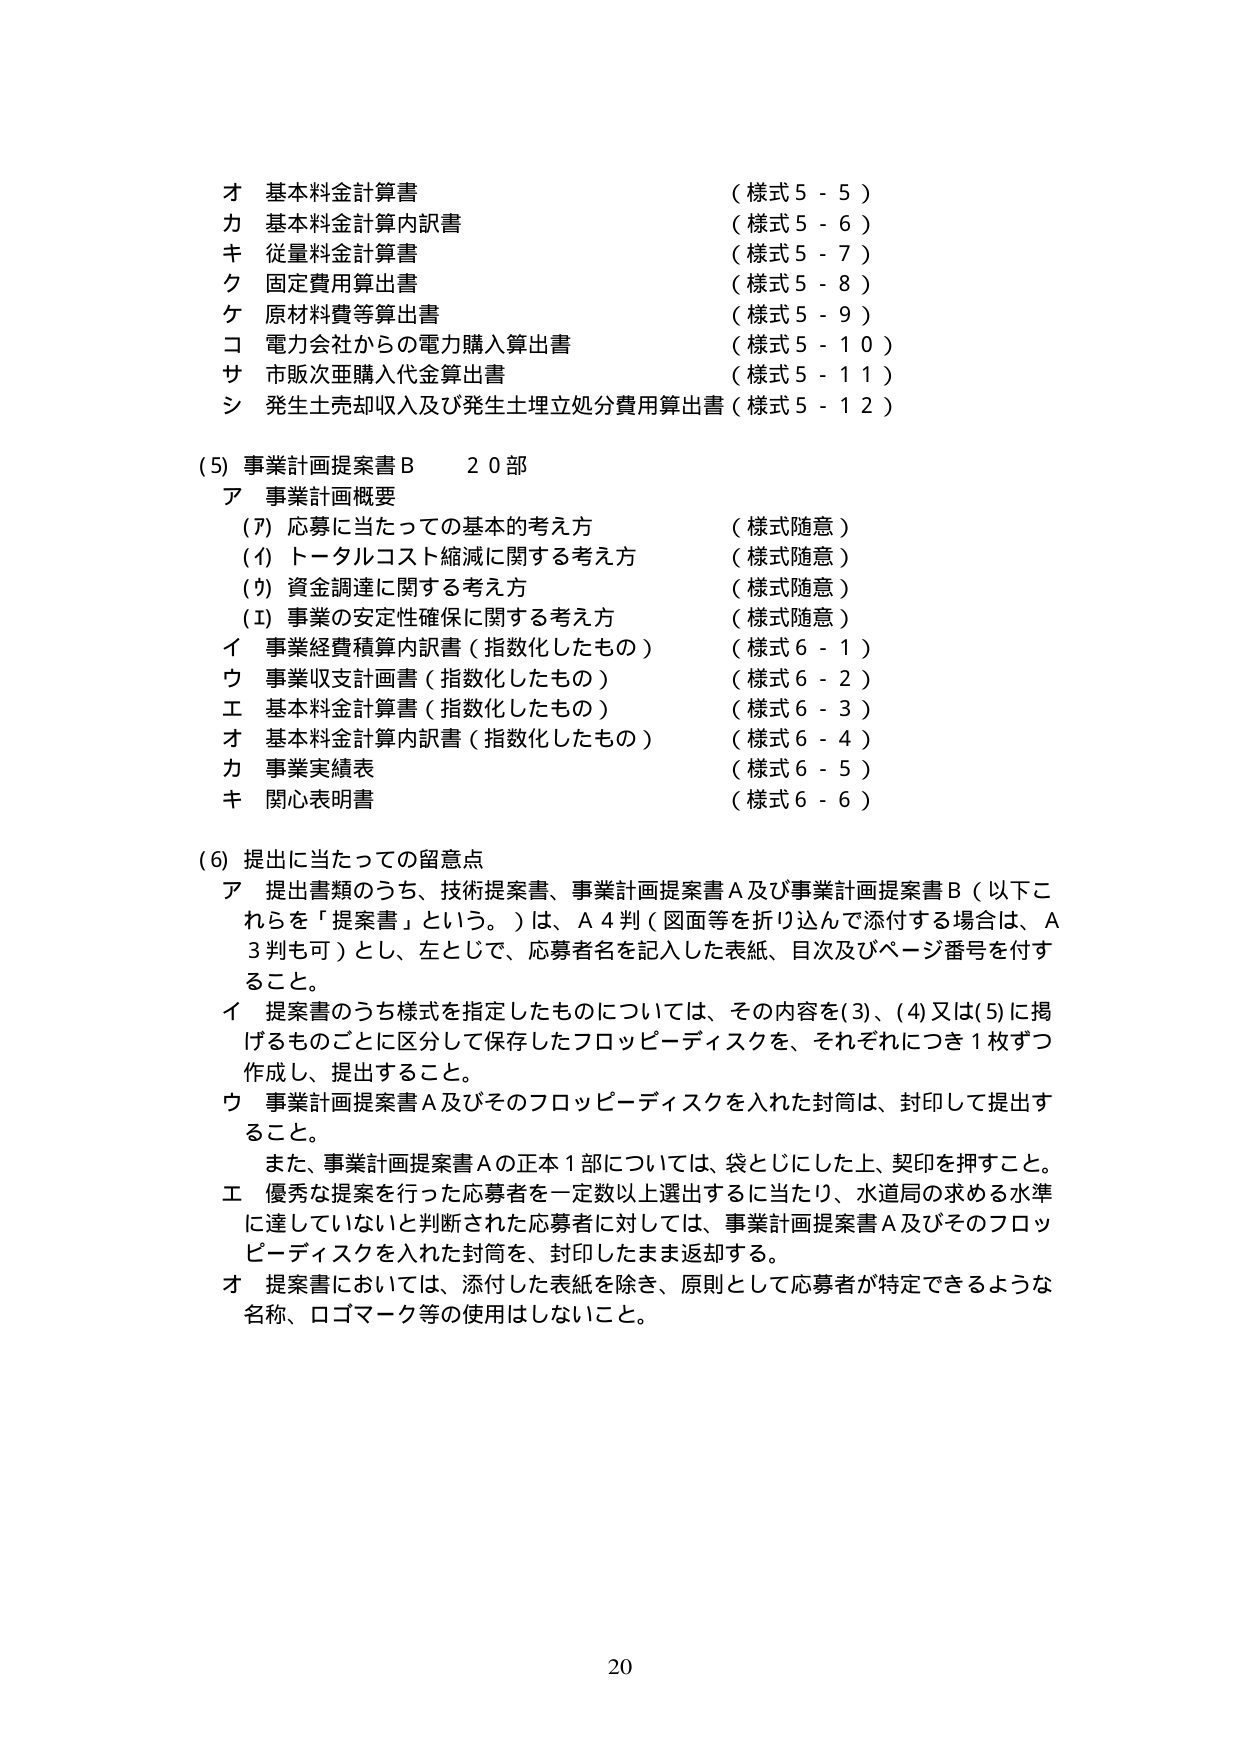
オ 基本料金計算書 （様式５－５）
カ 基本料金計算内訳書 （様式５－６）
キ 従量料金計算書 （様式５－７）
ク 固定費用算出書 （様式５－８）
ケ 原材料費等算出書 （様式５－９）
コ 電力会社からの電力購入算出書 （様式５－１０）
サ 市販次亜購入代金算出書 （様式５－１１）
シ 発生土売却収入及び発生土埋立処分費用算出書（様式５－１２）

(5) 事業計画提案書Ｂ ２０部
ア 事業計画概要
　(ア) 応募に当たっての基本的考え方 （様式随意）
　(イ) トータルコスト縮減に関する考え方 （様式随意）
　(ウ) 資金調達に関する考え方 （様式随意）
　(エ) 事業の安定性確保に関する考え方 （様式随意）
イ 事業経費積算内訳書（指数化したもの） （様式６－１）
ウ 事業収支計画書（指数化したもの） （様式６－２）
エ 基本料金計算書（指数化したもの） （様式６－３）
オ 基本料金計算内訳書（指数化したもの） （様式６－４）
カ 事業実績表 （様式６－５）
キ 関心表明書 （様式６－６）

(6) 提出に当たっての留意点
ア 提出書類のうち、技術提案書、事業計画提案書Ａ及び事業計画提案書Ｂ（以下これらを「提案書」という。）は、Ａ４判（図面等を折り込んで添付する場合は、Ａ３判も可）とし、左上じで、応募者名を記入した表紙、目次及びページ番号を付すること。
イ 提案書のうち様式を指定したものについては、その内容を(3)、(4)又は(5)に掲げるもののごとに区分して保存したフロッピーディスクを、それぞれにつき１枚ずつ作成し、提出すること。
ウ 事業計画提案書Ａ及びそのフロッピーディスクを入れた封筒は、封印して提出すること。
　　また、事業計画提案書Ａの正本１部については、袋とじにした上、契印を押すこと。
エ 優秀な提案を行った応募者を一定数以上選出するに当たり、水道局の求める水準に達していないと判断された応募者に対しては、事業計画提案書Ａ及びそのフロッピーディスクを入れた封筒を、封印したまま返却する。
オ 提案書においては、添付した表紙を除き、原則として応募者が特定できるような名称、ロゴマーク等の使用はしないこと。

20